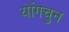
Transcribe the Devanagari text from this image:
योंगचुन